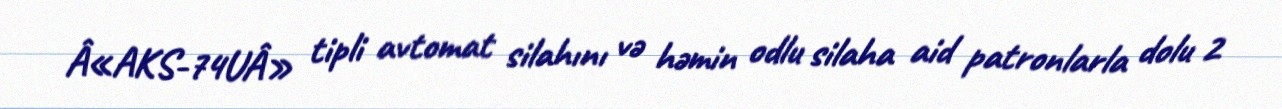
Â«AKS-74UÂ» tipli avtomat silahını və həmin odlu silaha aid patronlarla dolu 2